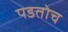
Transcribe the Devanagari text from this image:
पडतोच